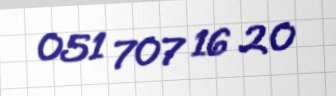
051 707 16 20